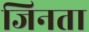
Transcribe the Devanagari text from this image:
जिनता